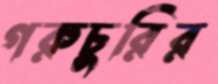
গরুচুরির